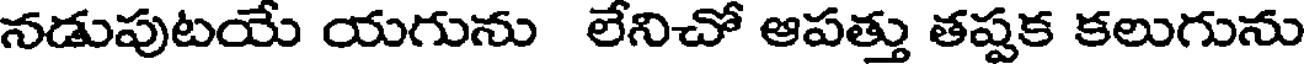
నడుపుటయే యగును లేనిచో ఆపత్తు తష్టక కలుగును